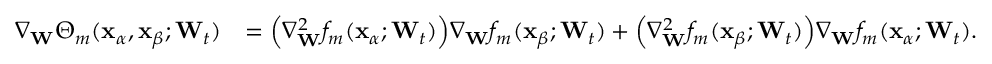
\begin{array} { r l } { \nabla _ { \mathbf { W } } \Theta _ { m } ( \mathbf { x } _ { \alpha } , \mathbf { x } _ { \beta } ; \mathbf { W } _ { t } ) } & { = \Big ( \nabla _ { \mathbf { W } } ^ { 2 } f _ { m } ( \mathbf { x } _ { \alpha } ; \mathbf { W } _ { t } ) \Big ) \nabla _ { \mathbf { W } } f _ { m } ( \mathbf { x } _ { \beta } ; \mathbf { W } _ { t } ) + \Big ( \nabla _ { \mathbf { W } } ^ { 2 } f _ { m } ( \mathbf { x } _ { \beta } ; \mathbf { W } _ { t } ) \Big ) \nabla _ { \mathbf { W } } f _ { m } ( \mathbf { x } _ { \alpha } ; \mathbf { W } _ { t } ) . } \end{array}